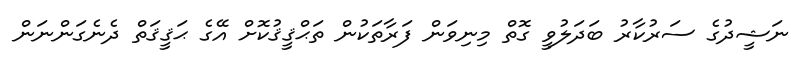
ނަޝީދުގެ ސަރުކާރު ބަދަލުވީ ގޮތް މިނިވަން ފަރާތަކުން ތަޙްޤީޤުކޮށް އޭގެ ޙަޤީޤަތް ދެނެގަންނަން